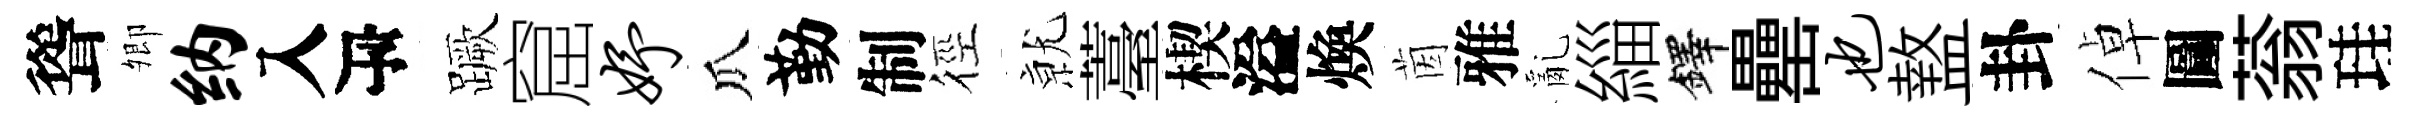
聳𡖖纳入瓴蹶窟妤瓜勤制徑𭕒薹楔溢煥茵雅亂緇鐸罍也盩卦倬圖蓊珪